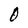
Character: 0